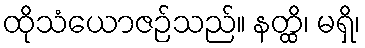
ထိုသံယောဇဉ်သည်။ နတ္ထိ၊ မရှိ၊